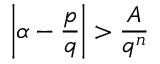
\left| \alpha - { \frac { p } { q } } \right| > { \frac { A } { q ^ { n } } }